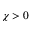
\chi > 0